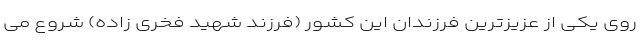
روی یکی از عزیزترین فرزندان این کشور (فرزند شهید فخری زاده) شروع می